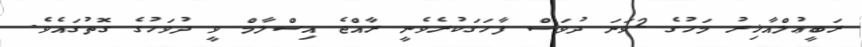
ރަބީޢުލްއާޚިރު މަހުގެ 2ވަނަ ދުވަސް ފާހަގަކުރެވެނީ ރާއްޖެ އިސްލާމް ވީ ދުވަހުގެ ގޮތުގައެވެ.